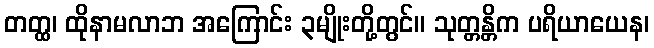
တတ္ထ၊ ထိုနာမလာဘ အကြောင်း ၃မျိုးတို့တွင်။ သုတ္တန္တိက ပရိယာယေန၊